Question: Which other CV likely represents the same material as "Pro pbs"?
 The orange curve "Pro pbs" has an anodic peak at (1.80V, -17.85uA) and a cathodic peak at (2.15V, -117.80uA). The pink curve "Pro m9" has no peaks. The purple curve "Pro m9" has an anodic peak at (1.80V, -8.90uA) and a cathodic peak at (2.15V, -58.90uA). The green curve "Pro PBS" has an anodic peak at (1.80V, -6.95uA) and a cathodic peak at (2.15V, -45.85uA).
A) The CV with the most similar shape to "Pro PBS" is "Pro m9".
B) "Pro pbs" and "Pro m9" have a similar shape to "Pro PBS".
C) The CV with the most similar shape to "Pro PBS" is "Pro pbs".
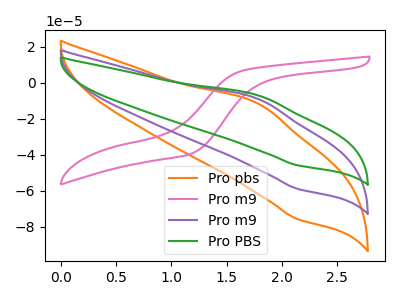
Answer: <think>"Pro pbs" and "Pro m9" have a different number of peaks. All the peaks in "Pro pbs" have a peak in "Pro m9" at the same potential. All the peaks in "Pro pbs" have a peak in "Pro PBS" at the same potential. "Pro m9" and "Pro m9" have a different number of peaks. "Pro m9" and "Pro PBS" have a different number of peaks. All the peaks in "Pro m9" have a peak in "Pro PBS" at the same potential.
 </think>
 <answer>B) "Pro pbs" and "Pro m9" have a similar shape to "Pro PBS".</answer>
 <eval>B</eval>